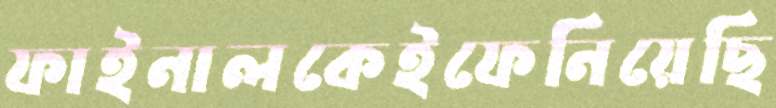
ফাইনালকেইফেনিয়েছি